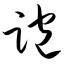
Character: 跑